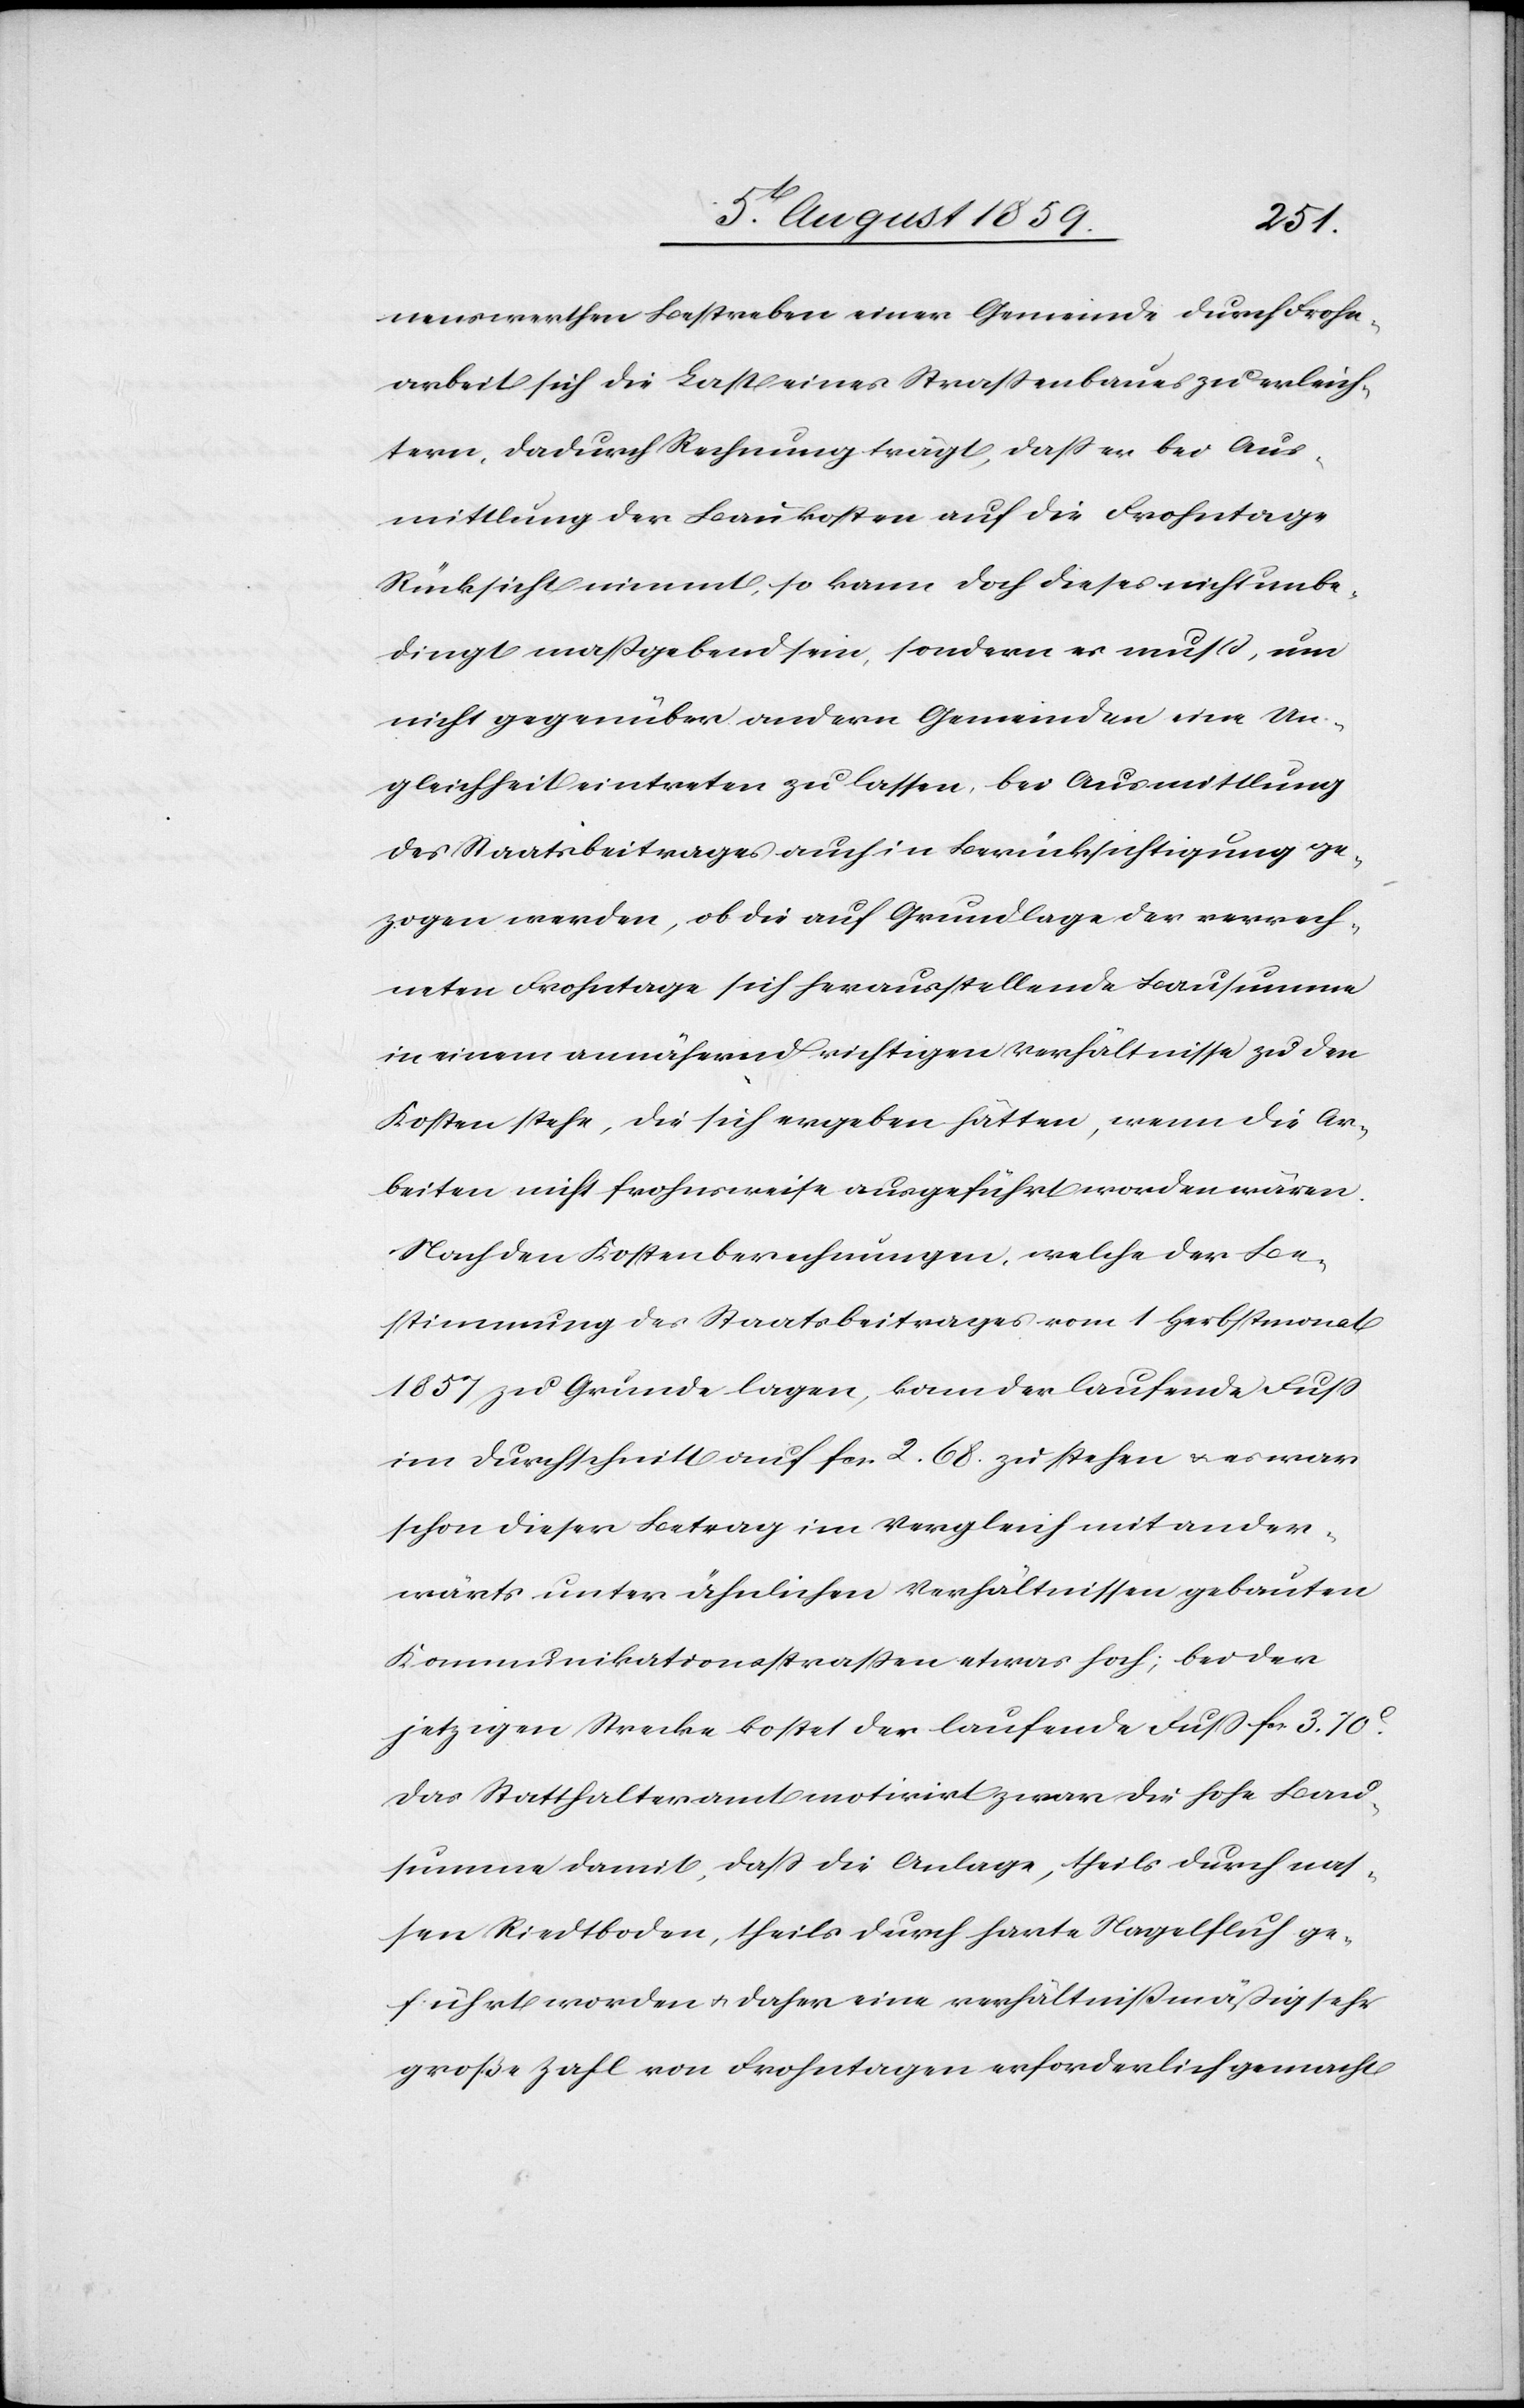
nenswerthen Bestreben einer Gemeinde durch Frohn¬
arbeit sich die Last eines Straßenbaues zu erleich¬
tern, dadurch Rechnung trägt, daß er bei Aus¬
mittlung der Baukosten auf die Frohntage
Rücksicht nimmt, so kann doch dieses nicht unbe¬
dingt maßgebend sein, sondern es muß, um
nicht gegenüber andern Gemeinden eine Un¬
gleichheit eintreten zu lassen, bei Ausmittlung
des Staatsbeitrages auch in Berücksichtigung ge¬
zogen werden, ob die auf Grundlage der verrech¬
neten Frohntage sich herausstellende Bausumme
in einem annähernd richtigen Verhältnisse zu den
Kosten stehe, die sich ergeben hätten, wenn die Ar¬
beiten nicht frohnsweise ausgeführt worden wären.
Nach den Kostenberechnungen, welche der Be¬
stimmung des Staatsbeitrages vom 1 Herbstmonat
1857 zu Grunde lagen, kam der laufende Fuß
im Durchschnitt auf fcs. 2.68. zu stehen u. war
schon dieser Betrag im Vergleich mit ander¬
wärts unter ähnlichen Verhältnissen gebauten
Kommunikationsstraßen etwas hoch; bei der
jetztigen Strecke kostet der laufende Fuß fcs. 3.70c.
Das Statthalteramt motivirt zwar die hohe Bau¬
summe damit, daß die Anlage, theils durch nas¬
sen Riedtboden, theils durch harte Nagelfluh ge¬
führt worden u. daher eine verhältnißmäßig sehr
große Zahl von Frohntagen erforderlich gemacht